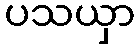
ပသယှာ